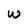
Character: W